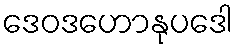
ဒေဝဒဟောနုပဒေါ